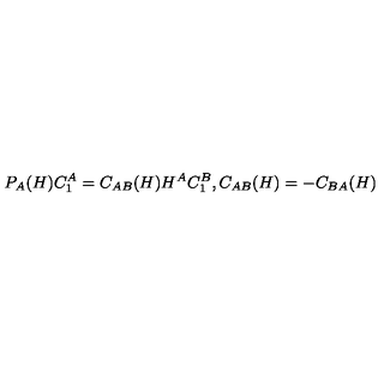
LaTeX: P _ { A } ( H ) C _ { 1 } ^ { A } = C _ { A B } ( H ) H ^ { A } C _ { 1 } ^ { B } , C _ { A B } ( H ) = - C _ { B A } ( H )